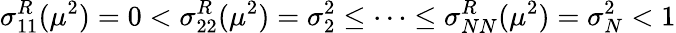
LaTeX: \sigma_{11}^{R}(\mu^{2})=0<\sigma_{22}^{R}(\mu^{2})=\sigma_{2}^{2}\leq\dots\leq\sigma_{NN}^{R}(\mu^{2})=\sigma_{N}^{2}<1